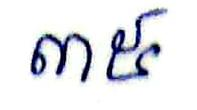
៣៥